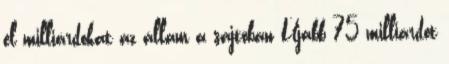
el milliárdokat az állam a sajtóban Újabb 75 milliárdot